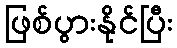
ဖြစ်ပွားနိုင်ပြီး